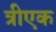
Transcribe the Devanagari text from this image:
त्रीएक